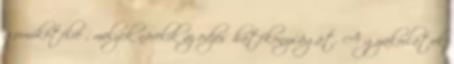
gumikötélre , melyek növelik az edzés hatékonyságát. A gyakorlatok